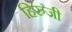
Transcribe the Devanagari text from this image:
हिरुजी